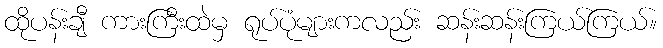
ထိုပန်းချီ ကားကြီးထဲမှ ရုပ်ပုံများကလည်း ဆန်းဆန်းကြယ်ကြယ်။